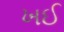
ખઈ